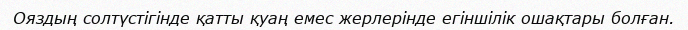
Ояздың солтүстігінде қатты қуаң емес жерлерінде егіншілік ошақтары болған.